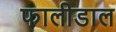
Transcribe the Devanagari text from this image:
फालीडाल